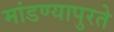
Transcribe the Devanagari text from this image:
मांडण्यापुरते